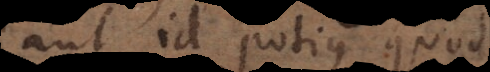
aut id potius quod